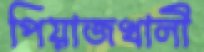
পিয়াজখালী